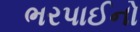
ભરપાઈનો